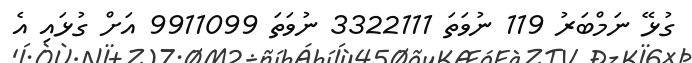
ގުޅޭ ނަމްބަރު 119 ނުވަތަ 3322111 ނުވަތަ 9911099 އަށް ގުޅައި އެ